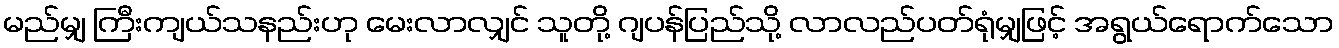
မည်မျှ ကြီးကျယ်သနည်းဟု မေးလာလျှင် သူတို့ ဂျပန်ပြည်သို့ လာလည်ပတ်ရုံမျှဖြင့် အရွယ်ရောက်သော